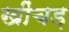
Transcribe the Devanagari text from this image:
खींचड़